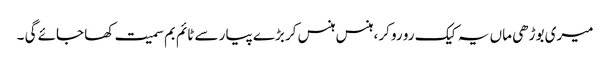
میری بوڑھی ماں یہ کیک رو رو کر، ہنس ہنس کر بڑے پیار سے ٹائم بم سمیت کھا جائے گی ۔